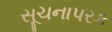
સૂચનાપરક